Annual report of the Punjab Veterinary College and of the Civil Veterinary Department, Punjab - 1909-1919
Year: 1909
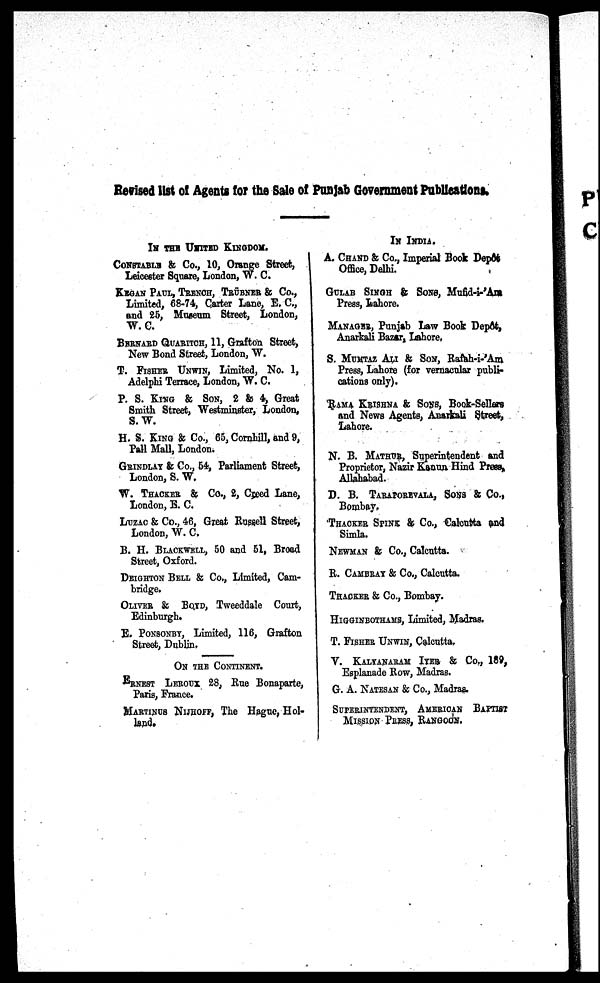
Revised list of Agents for the Sale of Punjab Government Publications.
IN THE UNITED KINGDOM.
CONSTABLE & Co., 10, Orange Street,
Leicester Square, London, W. C.
KEGAN PAUL, TRENCH, TRÜBNER & Co.,
Limited, 68-74, Carter Lane, E. C.,
and 25, Museum Street, London,
W. C.
BERNARD QUARITCH, 11, Grafton Street,
New Bond Street, London, W.
T. FISHER UNWIN, Limited, No. 1,
Adelphi Terrace, London, W. C.
P. S. KING & SON, 2 & 4, Great
Smith Street, Westminster, London,
S.W.
H. S. KING & Co., 65, Cornhill, and 9,
Pall Mall, London.
GRINDLAY & Co., 54, Parliament Street,
London, S. W.
W. THACKER & Co., 2, Creed Lane,
London, E. C.
LUZAC & Co., 46, Great Russell Street,
London, W. C.
B. H. BLACKWELL, 50 and 51, Broad
Street, Oxford.
DEIGHTON BELL & Co., Limited, Cam-
bridge.
OLIVER & BQYD, Tweeddale Court,
Edinburgh.
E. PONSONBY, Limited, 116, Grafton
Street, Dublin.
ON THE CONTINENT.
ERNEST LEROUX 28, Rue Bonaparte,
Paris, France.
MARTINUS NIJHOFF, The Hague, Hol-
land.
IN INDIA.
A. CHAND & Co., Imperial Book Depst
Office, Delhi.
GULAB SINGH & SONS, Mufid-i-'Am
Press, Lahore.
MANAGER, Punjab Law Book Depst,
Anarkali Bazar, Lahore,
S. MUMTAZ ALI & SON, Rafah-i-'Am
Press, Lahore (for vernacular publi-
cations only).
RAMA KRISHNA & SONS, Book-Sellers
and News Agents, Anarkali Street,
Lahore.
N. B. MATHUR, Superintendent and
Proprietor, Nazir Kanun. Hind Press,
Allahabad.
D. B. TARAPOREVALA, SONS & Co.,
Bombay.
THACKER SPINK & Co., Calcutta and
Simla.
NEWMAN & Co., Calcutta.
R. CAMBRAY & Co., Calcutta.
THACKER & Co., Bombay.
HIGGINBOTHAMS, Limited, Madras.
T. FISHER UNWIN, Calcutta,
V. KALYANARAM IYER & Co., 189,
Esplanade Row, Madras.
G. A. NATESA & Co., Madras.
SUPERINTENDENT, AMRICAN BAPTIST
MISSION PRESS, RANGOON.